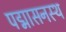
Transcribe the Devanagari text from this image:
पद्मासनस्थ